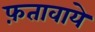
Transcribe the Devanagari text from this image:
फ़तावाये